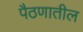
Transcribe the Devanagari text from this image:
पैठणातील